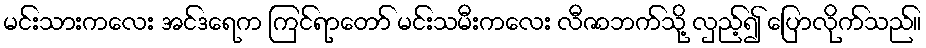
မင်းသားကလေး အင်ဒရေက ကြင်ရာတော် မင်းသမီးကလေး လီဇာဘက်သို့ လှည့်၍ ပြောလိုက်သည်။